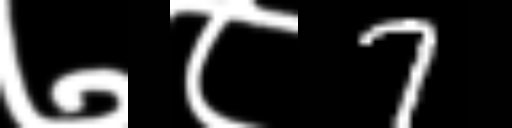
Text: ७८7